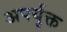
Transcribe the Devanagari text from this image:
अपर्युक्त